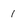
Character: 1